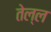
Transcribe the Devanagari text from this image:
तेल्ल